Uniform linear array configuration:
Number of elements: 24
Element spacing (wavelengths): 0.75
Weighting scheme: uniform
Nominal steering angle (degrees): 30
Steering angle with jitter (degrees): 28.317
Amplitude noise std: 0.05
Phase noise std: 0.05

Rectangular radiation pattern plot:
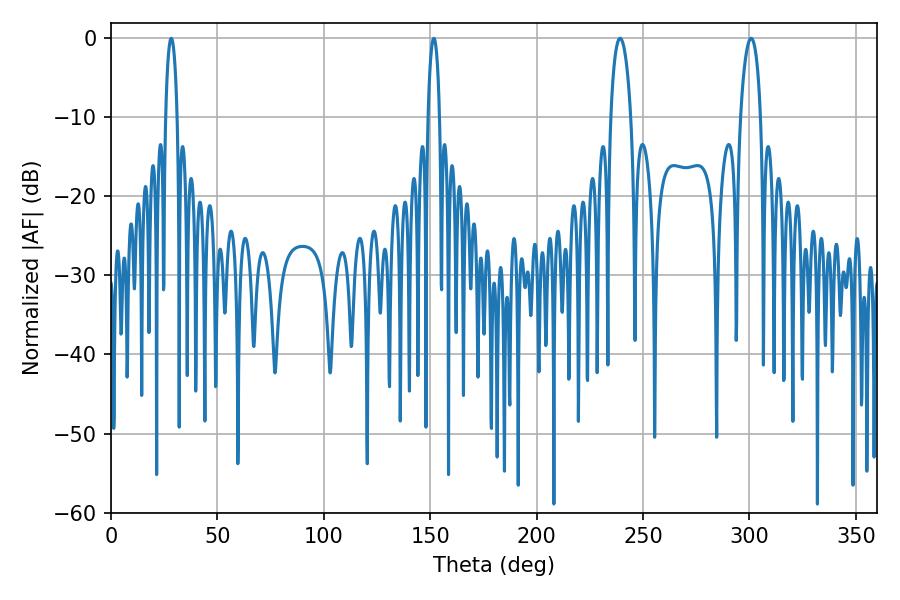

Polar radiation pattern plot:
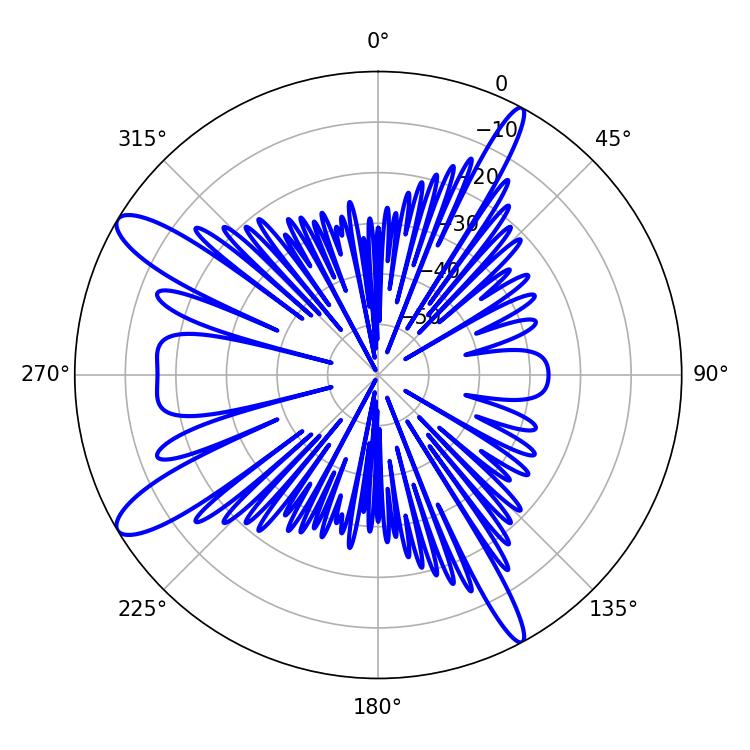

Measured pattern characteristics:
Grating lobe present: TRUE
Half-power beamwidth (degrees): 5.22
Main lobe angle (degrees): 239.22